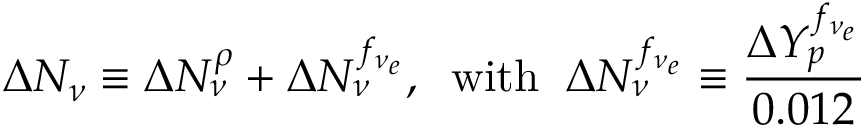
\Delta N _ { \nu } \equiv \Delta N _ { \nu } ^ { \rho } + \Delta N _ { \nu } ^ { f _ { \nu _ { e } } } , \; \; \mathrm { w i t h } \; \; \Delta N _ { \nu } ^ { f _ { \nu _ { e } } } \equiv { \frac { \Delta Y _ { p } ^ { f _ { \nu _ { e } } } } { 0 . 0 1 2 } }